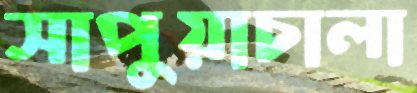
সাপুয়াচালা